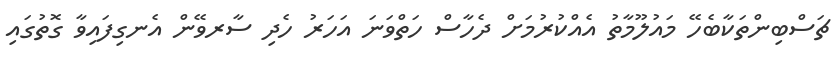
ޗަސްބިންތަކާބެހޭ މައުލޫމާތު އެއްކުރުމަށް ދެހާސް ހަތްވަނަ އަހަރު ހެދި ސާރވޭން އެނގިފައިވާ ގޮތުގައި